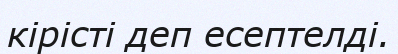
кірісті деп есептелді.